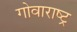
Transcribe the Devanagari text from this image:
गोवाराष्ट्र